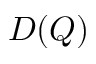
D ( Q )